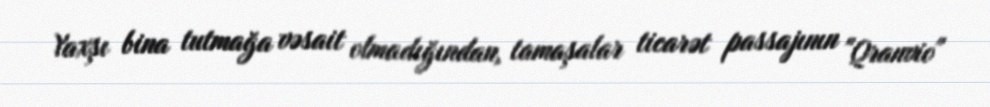
Yaxşı bina tutmağa vəsait olmadığından, tamaşalar ticarət passajının "Qranvio"